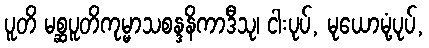
ပူတိ မစ္ဆပူတိကုမ္မာသစန္ဒနိကာဒီသု၊ ငါးပုပ်, မုယောမုံ့ပုပ်,